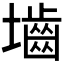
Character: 𪤭